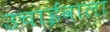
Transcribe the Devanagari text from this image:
उचाईंवाला